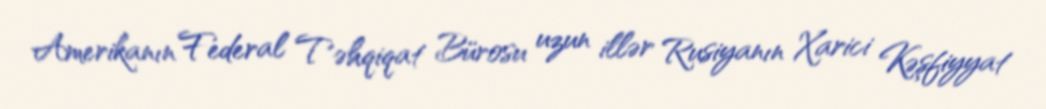
Amerikanın Federal Təhqiqat Bürosu uzun illər Rusiyanın Xarici Kəşfiyyat